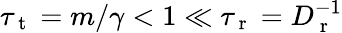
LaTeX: \tau_{\mathrm{~t~}}=m/\gamma<1\ll\tau_{\mathrm{~r~}}=D_{\mathrm{~r~}}^{-1}